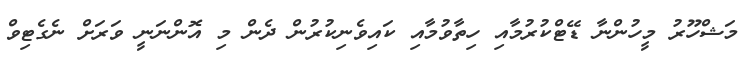
މަޝްހޫރު މީހުންނާ ޑޭޓްކުރުމާއި ހިތާވުމާއި ކައިވެނިކުރުން ދެން މި އޮންނަނީ ވަރަށް ނެގެޓިވް